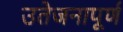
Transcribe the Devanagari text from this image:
उतेजनापूर्ण